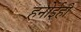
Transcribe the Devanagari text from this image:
हनोईही